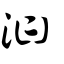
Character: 汩